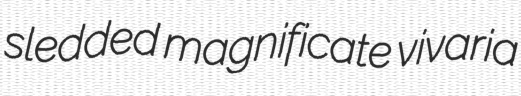
sledded magnificate vivaria